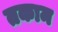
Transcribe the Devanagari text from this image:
तकाम